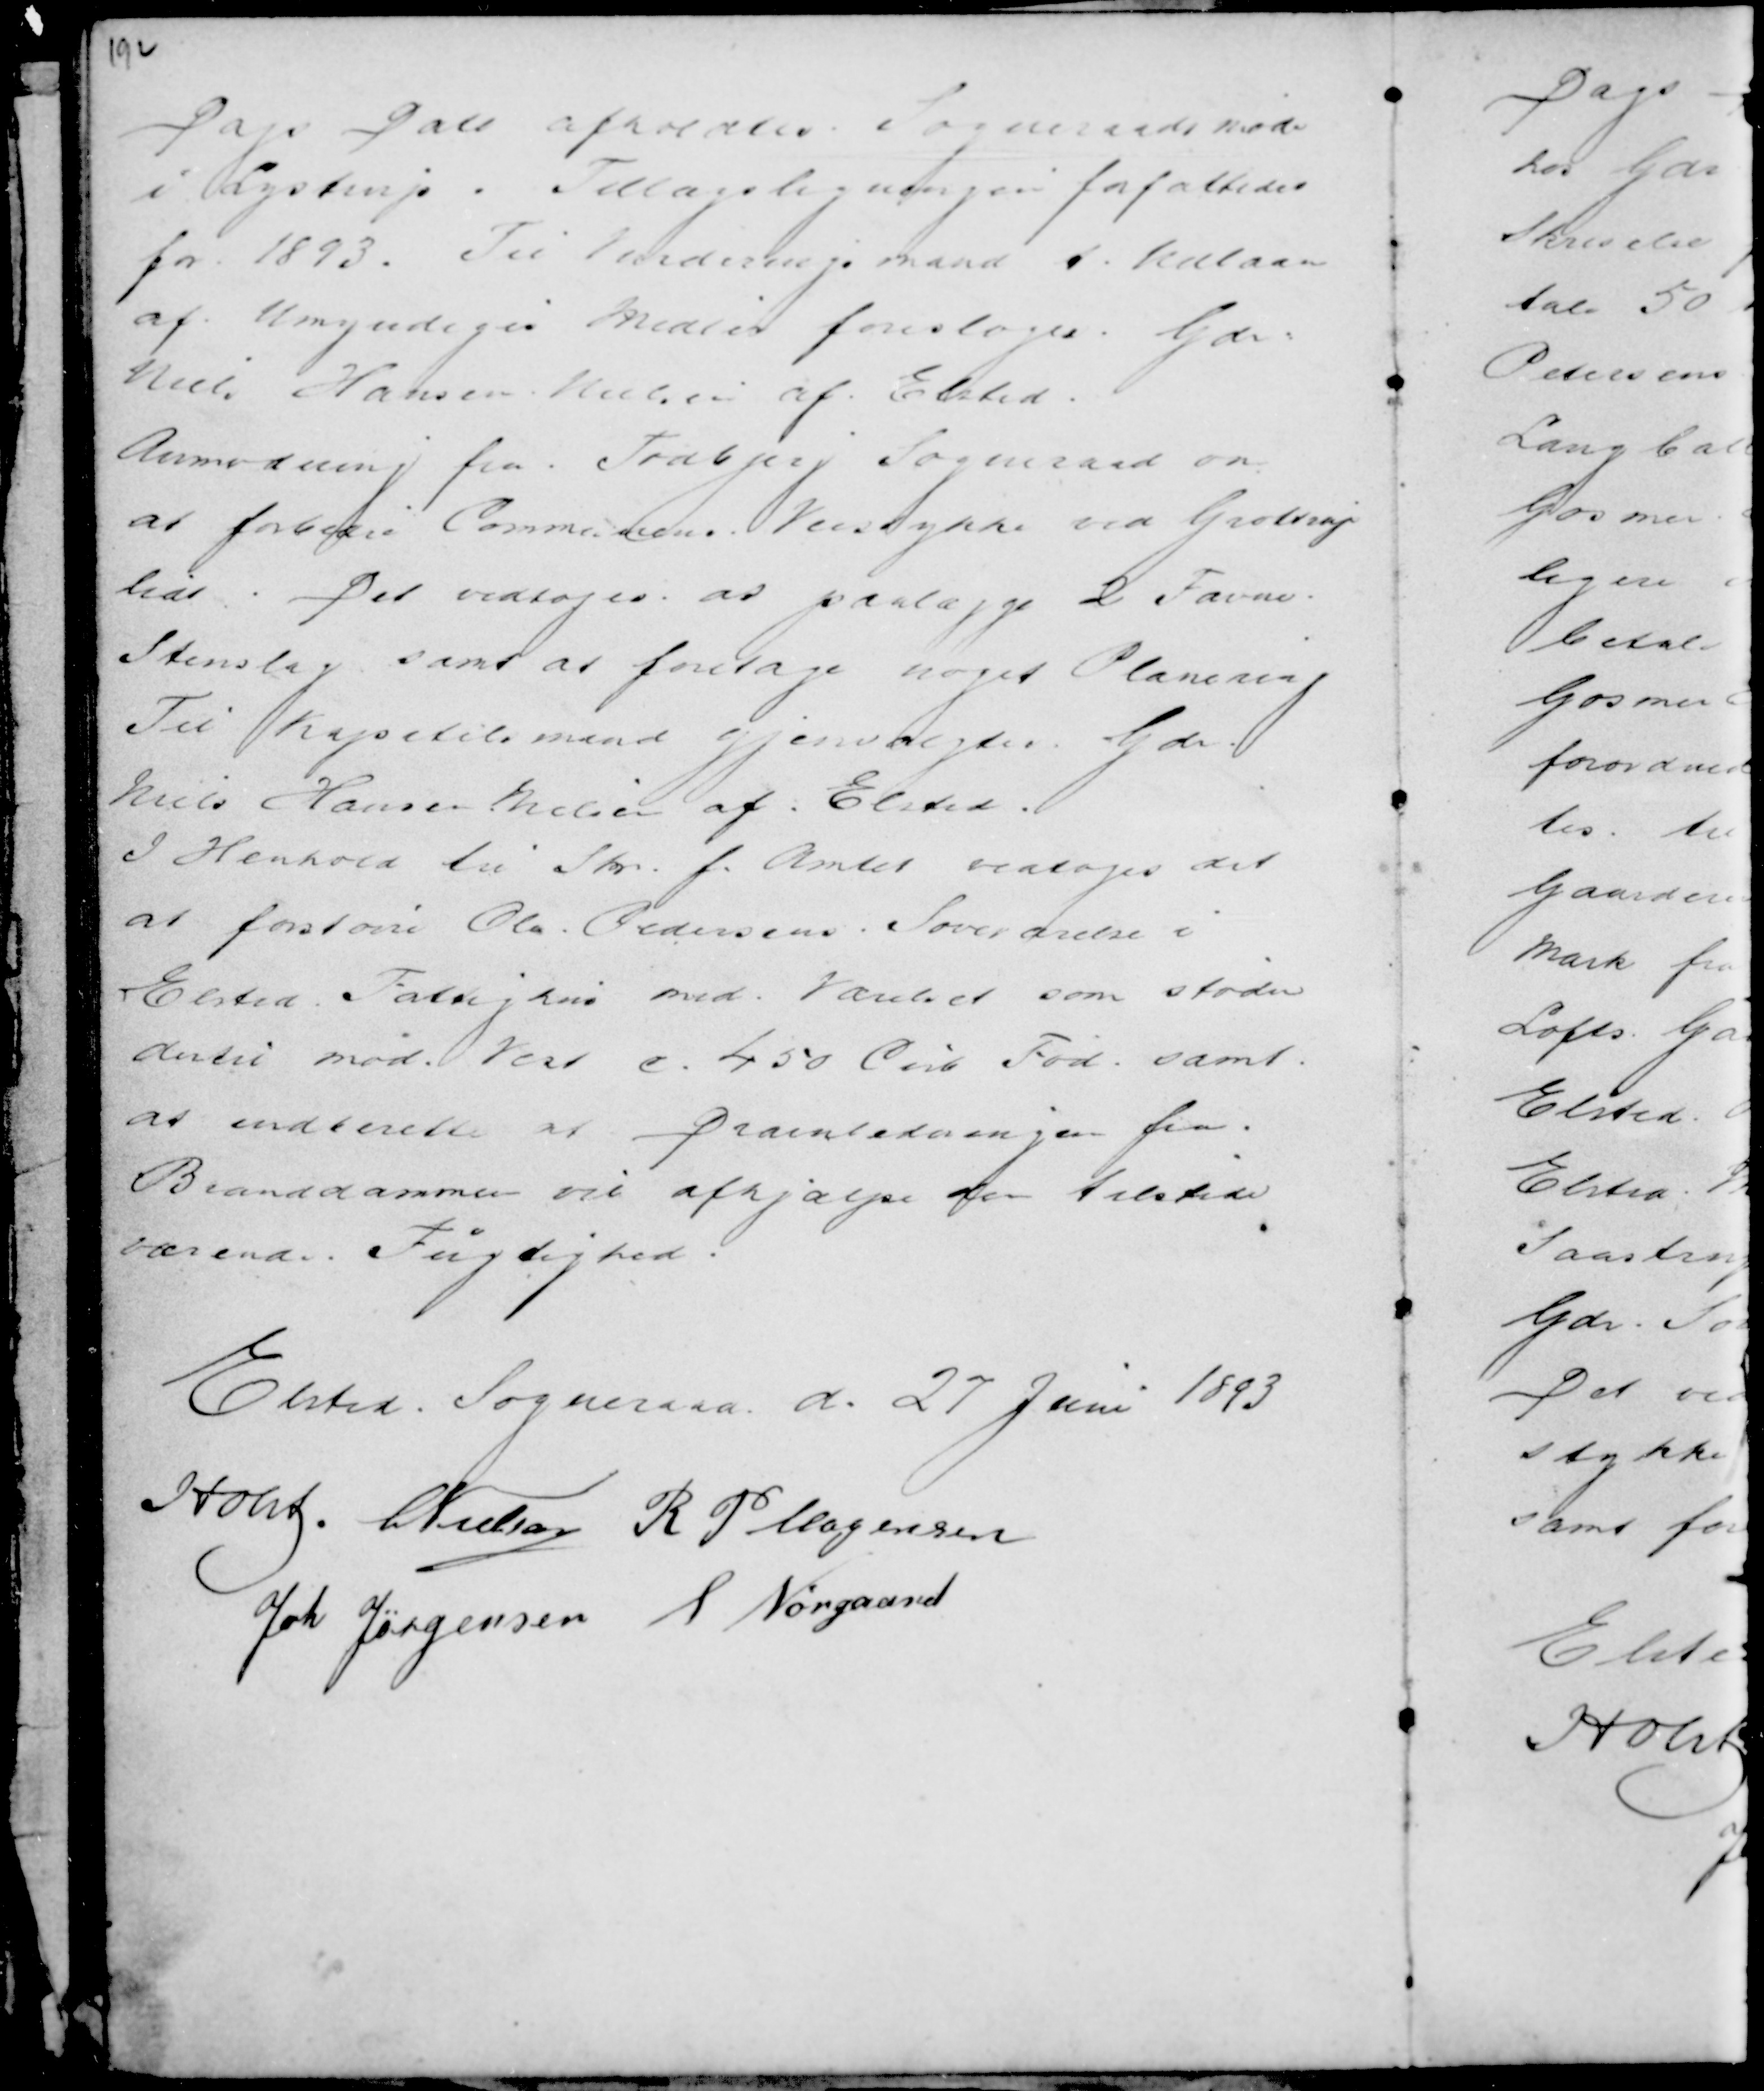
Transskription:
Dags Dato afholdtes Sogneraadsmøde
i Lystrup. Tillægsligningen forfattedes
for 1893. Til Vurderingsmand f. Udlaan
af Umyndiges Midler foresloges Gdr :
Niels Hansen Nielsen af Elsted.
Anmodning fra Todbjerg Sogneraad om
at forbedre Communens Veistykke ved Grottrup
lidt. Det vedtoges at paalægge 2 Favne
Stenslag samt at foretage noget Planering
Til Kapitelsmand gjenvalgtes Gdr.
Niels Hansen Nielsen af Elsted.
I Henhold til Skr. f. Amtet vedtoges det
at forstørre Ola Pedersens Soveværelse i
Elsted Fattighjem med Værelset som støder
dertil mod Vest c. 450 Cub Fod samt
at indberette at Drænledningen fra
Branddammen vil afhjælpe den tilstede
værende Fugtighed.

Elsted Sogneraad d. 27 Juni 1893
Holst . C Nielsen R P Mogensen
Joh Jørgensen S Nørgaard